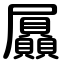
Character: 屭